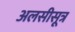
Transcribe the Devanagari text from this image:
अलसीसूत्र